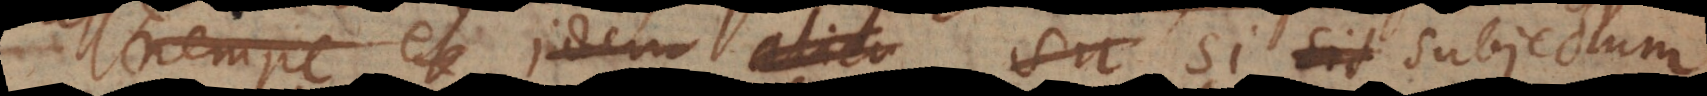
nempe et idem alicu su si sit subjectum